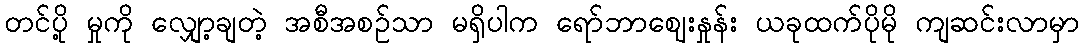
တင်ပို့ မှုကို လျှော့ချတဲ့ အစီအစဉ်သာ မရှိပါက ရော်ဘာဈေးနှုန်း ယခုထက်ပိုမို ကျဆင်းလာမှာ